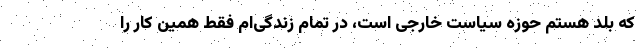
که بلد هستم حوزه سیاست خارجی است، در تمام زندگی‌ام فقط همین کار را